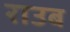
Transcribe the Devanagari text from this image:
राउब